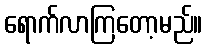
ရောက်လာကြတော့မည်။